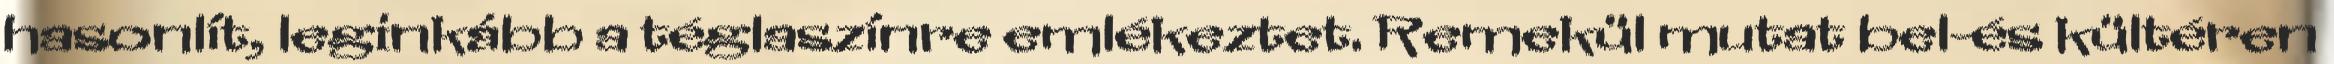
hasonlít, leginkább a téglaszínre emlékeztet. Remekül mutat bel-és kültéren